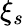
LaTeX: \xi_{s}